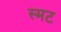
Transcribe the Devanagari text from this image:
स्मट